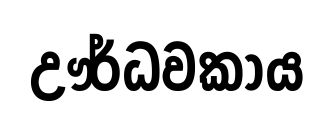
ඌර්ධවකාය